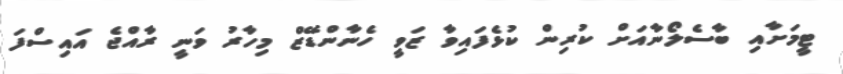
ޓީމަށާއި ބާސެލޯނާއަށް ކުރިން ކުޅެފައިވާ ޒަވީ ހެނާންޑޭޒް މިހާރު ވަނީ ރާއްޖެ އައިސްފަ